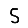
Digit: 5